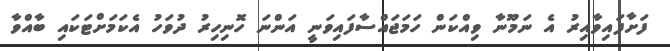
ފަށާފައިވާއިރު އެ ނަމޫނާ ވިއްކަން ހަމަޖައްސާފައިވަނީ އަންނަ ހޮނިހިރު ދުވަހު އެކަމަށްޓަކައި ބާއްވާ